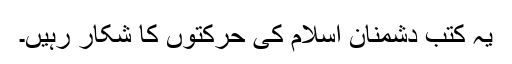
یہ کتب دشمنان اسلام کی حرکتوں کا شکار رہیں۔